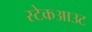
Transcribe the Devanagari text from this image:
स्टेकआउट